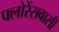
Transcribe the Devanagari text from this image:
फ्लोरेंसवासी